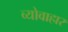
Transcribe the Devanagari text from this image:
व्योवाहार